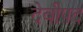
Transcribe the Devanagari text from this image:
देवीपद